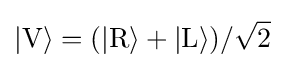
|\mathrm {V} \rangle =(|\mathrm {R} \rangle +|\mathrm {L} \rangle )/{\sqrt {2}}